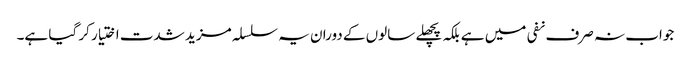
جواب نہ صرف نفی میں ہے بلکہ پچھلے سالوں کے دوران یہ سلسلہ مزید شدت اختیار کر گیا ہے۔